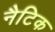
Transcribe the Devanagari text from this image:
नैटिक